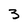
Character: 3